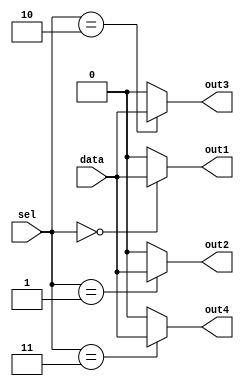
module demux_1to4 (
    input [1:0] sel,
    input data,
    output out1,
    output out2,
    output out3,
    output out4
);

// AND gates for selecting output lines
assign out1 = sel == 2'b00 ? data : 1'b0;
assign out2 = sel == 2'b01 ? data : 1'b0;
assign out3 = sel == 2'b10 ? data : 1'b0;
assign out4 = sel == 2'b11 ? data : 1'b0;

endmodule